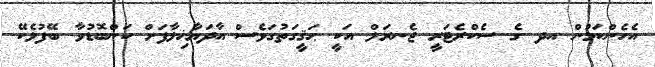
އެހެންކަމުން އދ ގެ ސެކްރެޓަރީ ޖެނރަލް އަކީ ޙަޤީގަތުގަވެސް އާދަޔާޚިލާފަށް ކަންބޮޑުވާ ބޭފުޅެކޭ